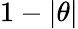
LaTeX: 1-|\theta|